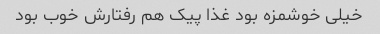
خیلی خوشمزه بود غذا پیک هم رفتارش خوب بود